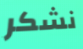
نشكر